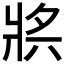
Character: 𤕶